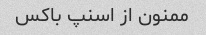
ممنون از اسنپ باکس